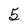
Character: 5